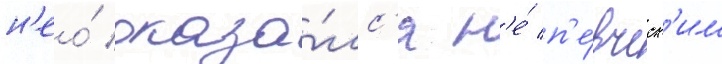
н'ео́ оказа́лс'я н'е́ п'е́вческ'им